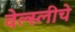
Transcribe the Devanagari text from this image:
वेल्स्लीचे